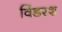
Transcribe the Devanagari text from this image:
विंडरश